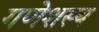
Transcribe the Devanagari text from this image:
गणेशस्य